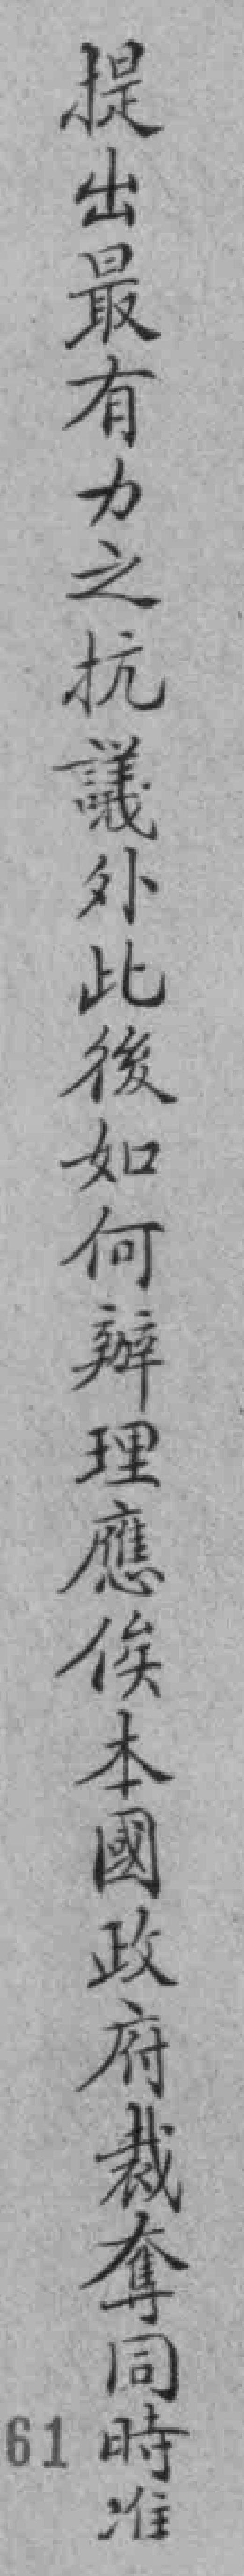
提出最有力之抗議外此後如何辦理應俟本國政府裁奪同時准